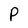
Character: P